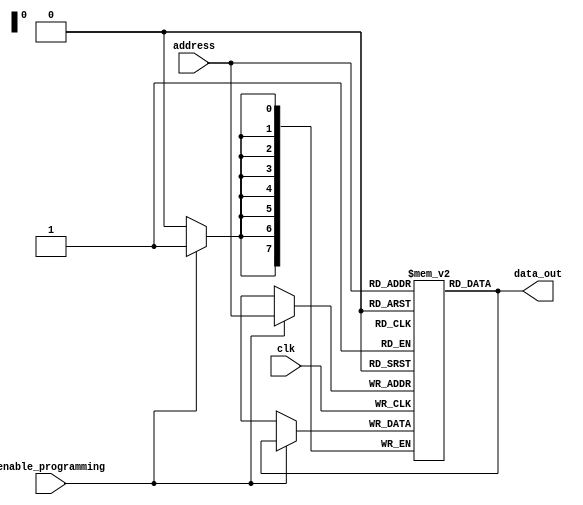
module PROM (
  input wire clk,
  input wire enable_programming,
  input wire [7:0] address,
  output reg [7:0] data_out
);

reg [7:0] memory [0:255];

always @(posedge clk) begin
  if (enable_programming) begin
    memory[address] <= data_out;
  end
end

assign data_out = memory[address];

endmodule